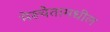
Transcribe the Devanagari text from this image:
मेरुचेतामधील